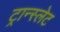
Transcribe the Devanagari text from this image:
ट्रान्स्लेट